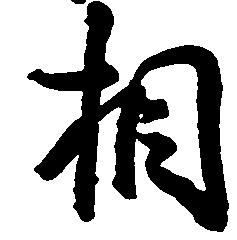
相